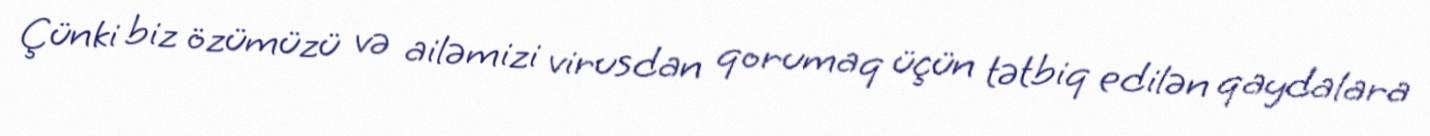
Çünki biz özümüzü və ailəmizi virusdan qorumaq üçün tətbiq edilən qaydalara